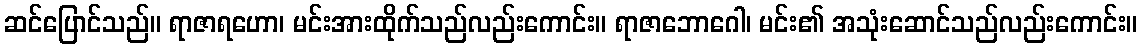
ဆင်ပြောင်သည်။ ရာဇာရဟော၊ မင်းအားထိုက်သည်လည်းကောင်း။ ရာဇာဘောဂေါ၊ မင်း၏ အသုံးဆောင်သည်လည်းကောင်း။